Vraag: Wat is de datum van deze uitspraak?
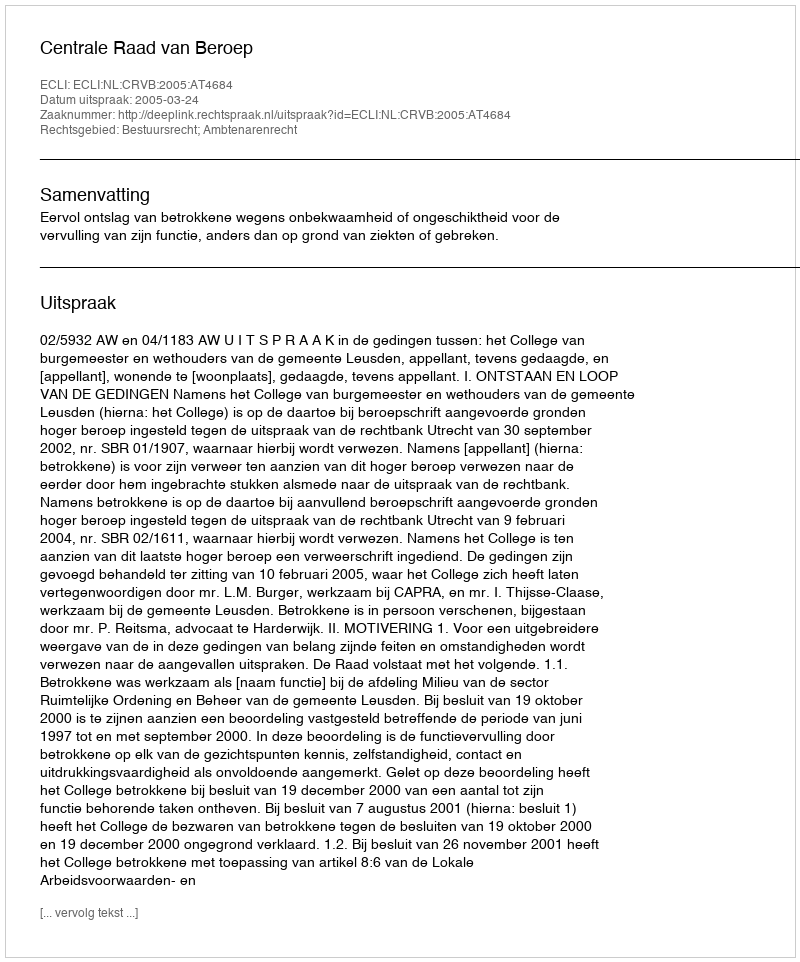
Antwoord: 2005-03-24